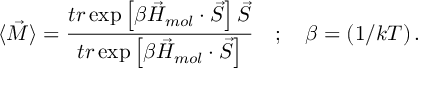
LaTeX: \langle \vec { M } \rangle = \frac { t r \exp \left[ \beta \vec { H } _ { m o l } \cdot \vec { S } \right] \vec { S } } { t r \exp \left[ \beta \vec { H } _ { m o l } \cdot \vec { S } \right] } \quad ; \quad \beta = ( 1 / k T ) \, .